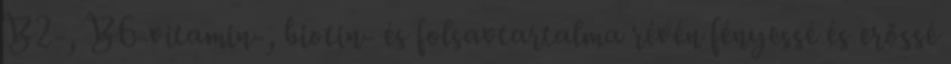
B2-, B6-vitamin-, biotin- és folsavtartalma révén fényessé és erőssé